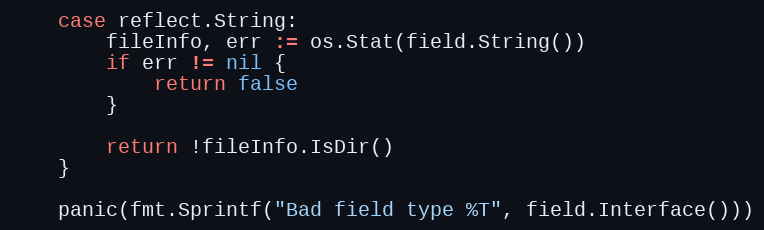
Language: Go
	case reflect.String:
		fileInfo, err := os.Stat(field.String())
		if err != nil {
			return false
		}

		return !fileInfo.IsDir()
	}

	panic(fmt.Sprintf("Bad field type %T", field.Interface()))